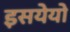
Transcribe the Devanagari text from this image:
इसयेयो